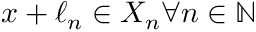
x + \ell _ { n } \in X _ { n } \forall n \in \mathbb { N }